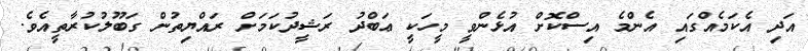
އަދި އެކަމެއްގައި އެންމެ އިސްކޮށް އުޅެންވީ މީހަކީ ޢަބްދު ރަޝީދުކަމަށް ރައްޔިތުން ގަބޫލުކުރާތީއެވެ.